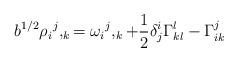
LaTeX: \begin{align*}b^{1/2}{\rho_i}^j,_k= {\omega_i}^j,_k +{1\over2}\delta^i_j\Gamma_{kl}^l -\Gamma_{ik}^j\end{align*}